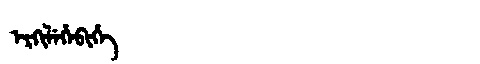
Manchu: ᡝᡵᡴᡳᠯᡝᡥᡝᠪᡳᡥᡝ
Romanization: ERKILEHEBIHE